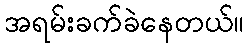
အရမ်းခက်ခဲနေတယ်။